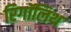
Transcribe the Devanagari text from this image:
रिगॉलिथ